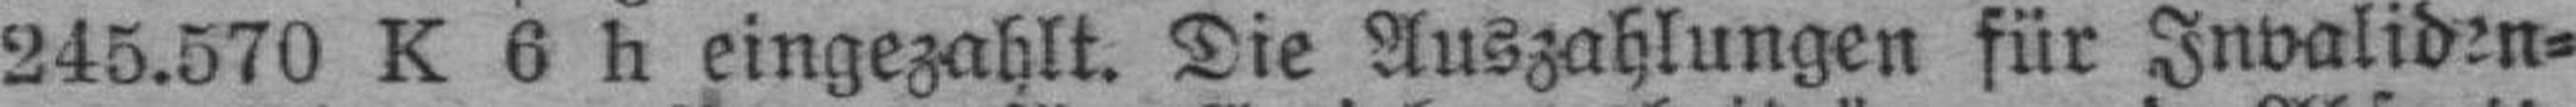
245.570 K 6 h eingezahlt. Die Auszahlungen für Invaliden=